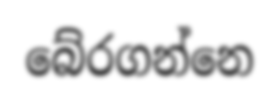
බේරගන්නෙ